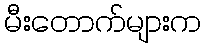
မီးတောက်များက